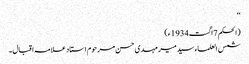
‘‘
(الحکم 7اگست1934ء)
شمس العلماء سید میر مہدی حسن مرحوم استاد علامہ اقبال۔